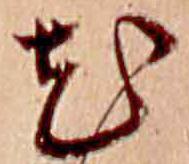
花